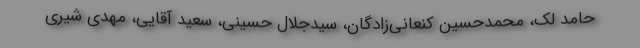
حامد لک، محمدحسین کنعانی‌زادگان، سیدجلال حسینی، سعید آقایی، مهدی شیری